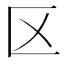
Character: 区